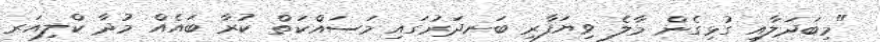
"މިބަދަލާއި ގުޅިގެން މާލެ ވިޔަފާރި ބަނދަރުގައި މަސައްކަތް ކުރާ ބައެއް މުދާ ކްލިއަރ